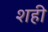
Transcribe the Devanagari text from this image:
शही